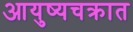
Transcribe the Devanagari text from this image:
आयुष्यचक्रात